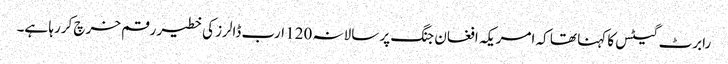
رابرٹ گیٹس کا کہنا تھا کہ امریکہ افغان جنگ پر سالانہ 120 ارب ڈالرز کی خطیر رقم خرچ کررہا ہے۔